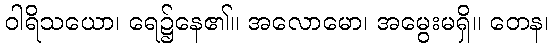
ဝါရိသယော၊ ရေ၌နေ၏။ အလောမော၊ အမွေးမရှိ။ တေန၊